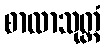
စာလာသုတ္တံ